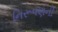
નિરૂપણની